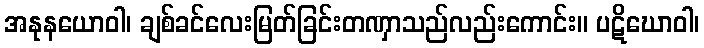
အနုနယောဝါ၊ ချစ်ခင်လေးမြတ်ခြင်းတဏှာသည်လည်းကောင်း။ ပဋိဃောဝါ၊